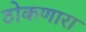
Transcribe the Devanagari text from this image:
ठोकणारा